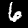
Digit: 6